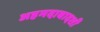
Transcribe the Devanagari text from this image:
अहमदाबादशी